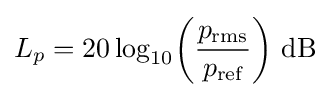
L_{p}=20\log _{10}\!\left({\frac {p_{\text{rms}}}{p_{\text{ref}}}}\right)\,{\text{dB}}